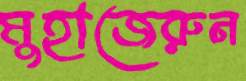
মুহাজেরুন